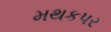
મથકપર